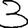
Digit: 3